Report on the nature of kala-azar
Disease focus: Kala-Azar
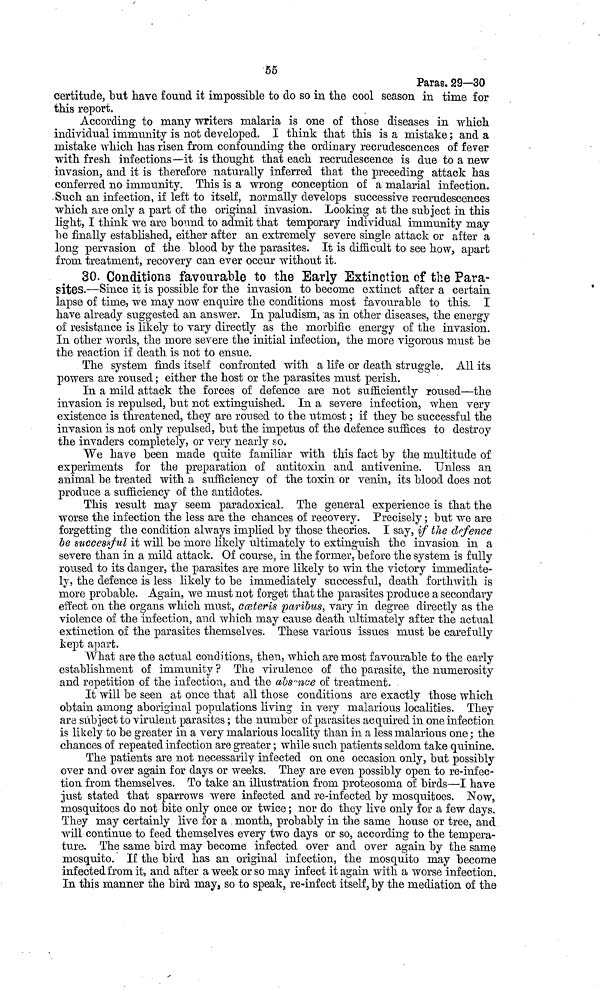
55
Paras. 29—30
certitude, but have found it impossible to do so in the cool season in time for
this report.
According to many writers malaria is one of those diseases in which
individual immunity is not developed. I think that this is a mistake ; and a
mistake which has risen from confounding the ordinary recrudescences of fever
with fresh infections—it is thought that each recrudescence is due to a new
invasion, and it is therefore naturally inferred that the preceding attack has
conferred no immunity. This is a wrong conception of a malarial infection.
Such an infection, if left to itself, normally develops successive recrudescences
which are only a part of the original invasion. Looking at the subject in this
light, I think we are bound to admit that temporary individual immunity may
be finally established, either after an extremely severe single attack or after a
long pervasion of the blood by the parasites. It is difficult to see how, apart
from treatment, recovery can ever occur without it.
30. Conditions favourable to the Early Extinction of the Para-
sites.—Since it is possible for the invasion to become extinct after a certain
lapse of time, we may now enquire the conditions most favourable to this. I
have already suggested an answer. In paludism, as in other diseases, the energy
of resistance is likely to vary directly as the morbific energy of the invasion.
In other words, the more severe the initial infection, the more vigorous must be
the reaction if death is not to ensue.
The system finds itself confronted with a life or death struggle. All its
powers are roused ; either the host or the parasites must perish.
In a mild attack the forces of defence are not sufficiently roused—the
invasion is repulsed, but not extinguished. In a severe infection, when very
existence is threatened, they are roused to the utmost ; if they be successful the
invasion is not only repulsed, but the impetus of the defence suffices to destroy
the invaders completely, or very nearly so.
We have been made quite familiar with this fact by the multitude of
experiments for the preparation of antitoxin and antivenine. Unless an
animal be treated with a sufficiency of the toxin or venin, its blood does not
produce a sufficiency of the antidotes.
This result may seem paradoxical. The general experience is that the
worse the infection the less are the chances of recovery. Precisely ; but we are
forgetting the condition always implied by those theories. I say, if the defence
be successful it will be more likely Ultimately to extinguish the invasion in a
severe than in a mild attack. Of course, in the former, before the system is fully
roused to its danger, the parasites are more likely to win the victory immediate-
ly, the defence is less likely to be immediately successful, death forthwith is
more probable. Again, we must not forget that the parasites produce a secondary
effect on the organs which must, cæteris paribus, vary in degree directly as the
violence of the infection, and which may cause death ultimately after the actual
extinction of the parasites themselves. These various issues must be carefully
kept apart.
What are the actual conditions, then, which are most favourable to the early
establishment of immunity ? The virulence of the parasite, the numerosity
and repetition of the infection, and the absence of treatment.
It will be seen at once that all those conditions are exactly those which
obtain among aboriginal populations living in very malarious localities. They
are subject to virulent parasites ; the number of parasites acquired in one infection
is likely to be greater in a very malarious locality than in a less malarious one ; the
chances of repeated infection are greater ; while such patients seldom take quinine.
The patients are not necessarily infected on one occasion only, but possibly
over and over again for days or weeks. They are even possibly open to re-infec-
tion from themselves. To take an illustration from proteosoma of birds—I have
just stated that sparrows were infected and re-infected by mosquitoes. Now,
mosquitoes do not bite only once or twice ; nor do they live only for a few days.
They may certainly live for a month, probably in the same house or tree, and
will continue to feed themselves every two days or so, according to the tempera-
ture. The same bird may become infected over and over again by the same
mosquito. If the bird has an original infection, the mosquito may become
infected from it, and after a week or so may infect it again with a worse infection.
In this manner the bird may, so to speak, re-infect itself, by the mediation of the